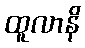
ထူလာနိ